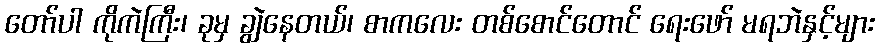
တော်ပါ ကိုကဲကြီး၊ ခုမှ ချွဲနေတယ်၊ စာကလေး တစ်စောင်တောင် ရေးဖော် မရဘဲနှင့်များ